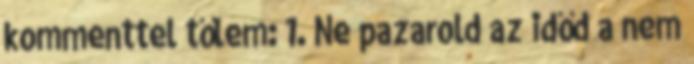
kommenttel tőlem: 1. Ne pazarold az időd a nem